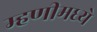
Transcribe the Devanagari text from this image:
म्हणीमध्ये